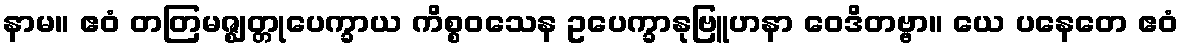
နာမ။ ဧဝံ တတြမဇ္ဈတ္တုပေက္ခာယ ကိစ္စဝသေန ဥပေက္ခာနုဗြူဟနာ ဝေဒိတဗ္ဗာ။ ယေ ပနေတေ ဧဝံ